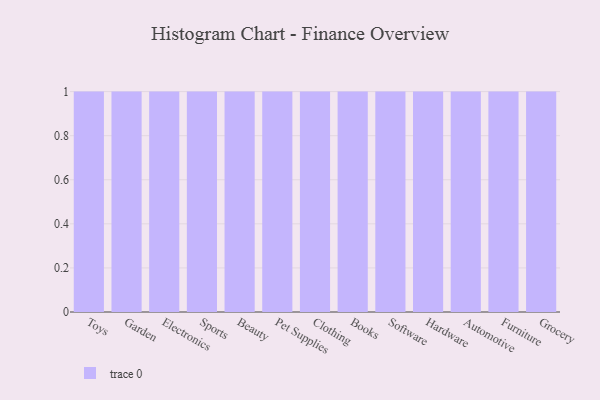
{"axis": {"x": "Category", "y": "Market Share (%)"}, "legend": [""], "data": [{"x": "Toys", "y": 32, "type": ""}, {"x": "Garden", "y": 80, "type": ""}, {"x": "Electronics", "y": 75, "type": ""}, {"x": "Sports", "y": 73, "type": ""}, {"x": "Beauty", "y": 48, "type": ""}, {"x": "Pet Supplies", "y": 15, "type": ""}, {"x": "Clothing", "y": 95, "type": ""}, {"x": "Books", "y": 46, "type": ""}, {"x": "Software", "y": 27, "type": ""}, {"x": "Hardware", "y": 44, "type": ""}, {"x": "Automotive", "y": 22, "type": ""}, {"x": "Furniture", "y": 19, "type": ""}, {"x": "Grocery", "y": 89, "type": ""}]}